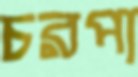
চরপা